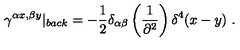
\gamma ^ { \alpha x , \beta y } \vert _ { b a c k } = - \frac { 1 } { 2 } \delta _ { \alpha \beta } \left( \frac { 1 } { \partial ^ { 2 } } \right) \delta ^ { 4 } ( x - y ) \ .